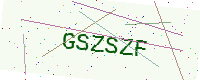
Text: GSZSZF